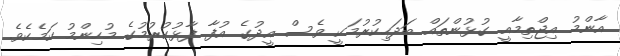
އާންމު އިޖްތިމާއީ ގުޅުންތައް ބަދަހިކުރުމަކީ ވެސް އީދުގެ އުފާ ފާޅުކުރުމުގެ މުހިންމު ކަމެކެވެ.